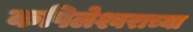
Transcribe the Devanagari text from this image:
कपिलेश्वराच्या